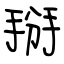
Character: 掰